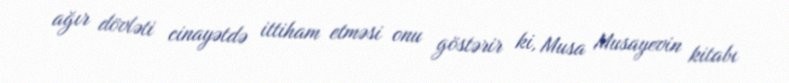
ağır dövləti cinayətdə ittiham etməsi onu göstərir ki, Musa Musayevin kitabı